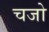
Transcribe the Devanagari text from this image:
चजो